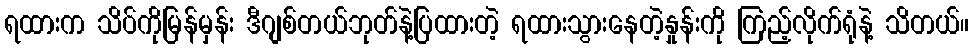
ရထားက သိပ်ကိုမြန်မှန်း ဒီဂျစ်တယ်ဘုတ်နဲ့ပြထားတဲ့ ရထားသွားနေတဲ့နှုန်းကို ကြည့်လိုက်ရုံနဲ့ သိတယ်။